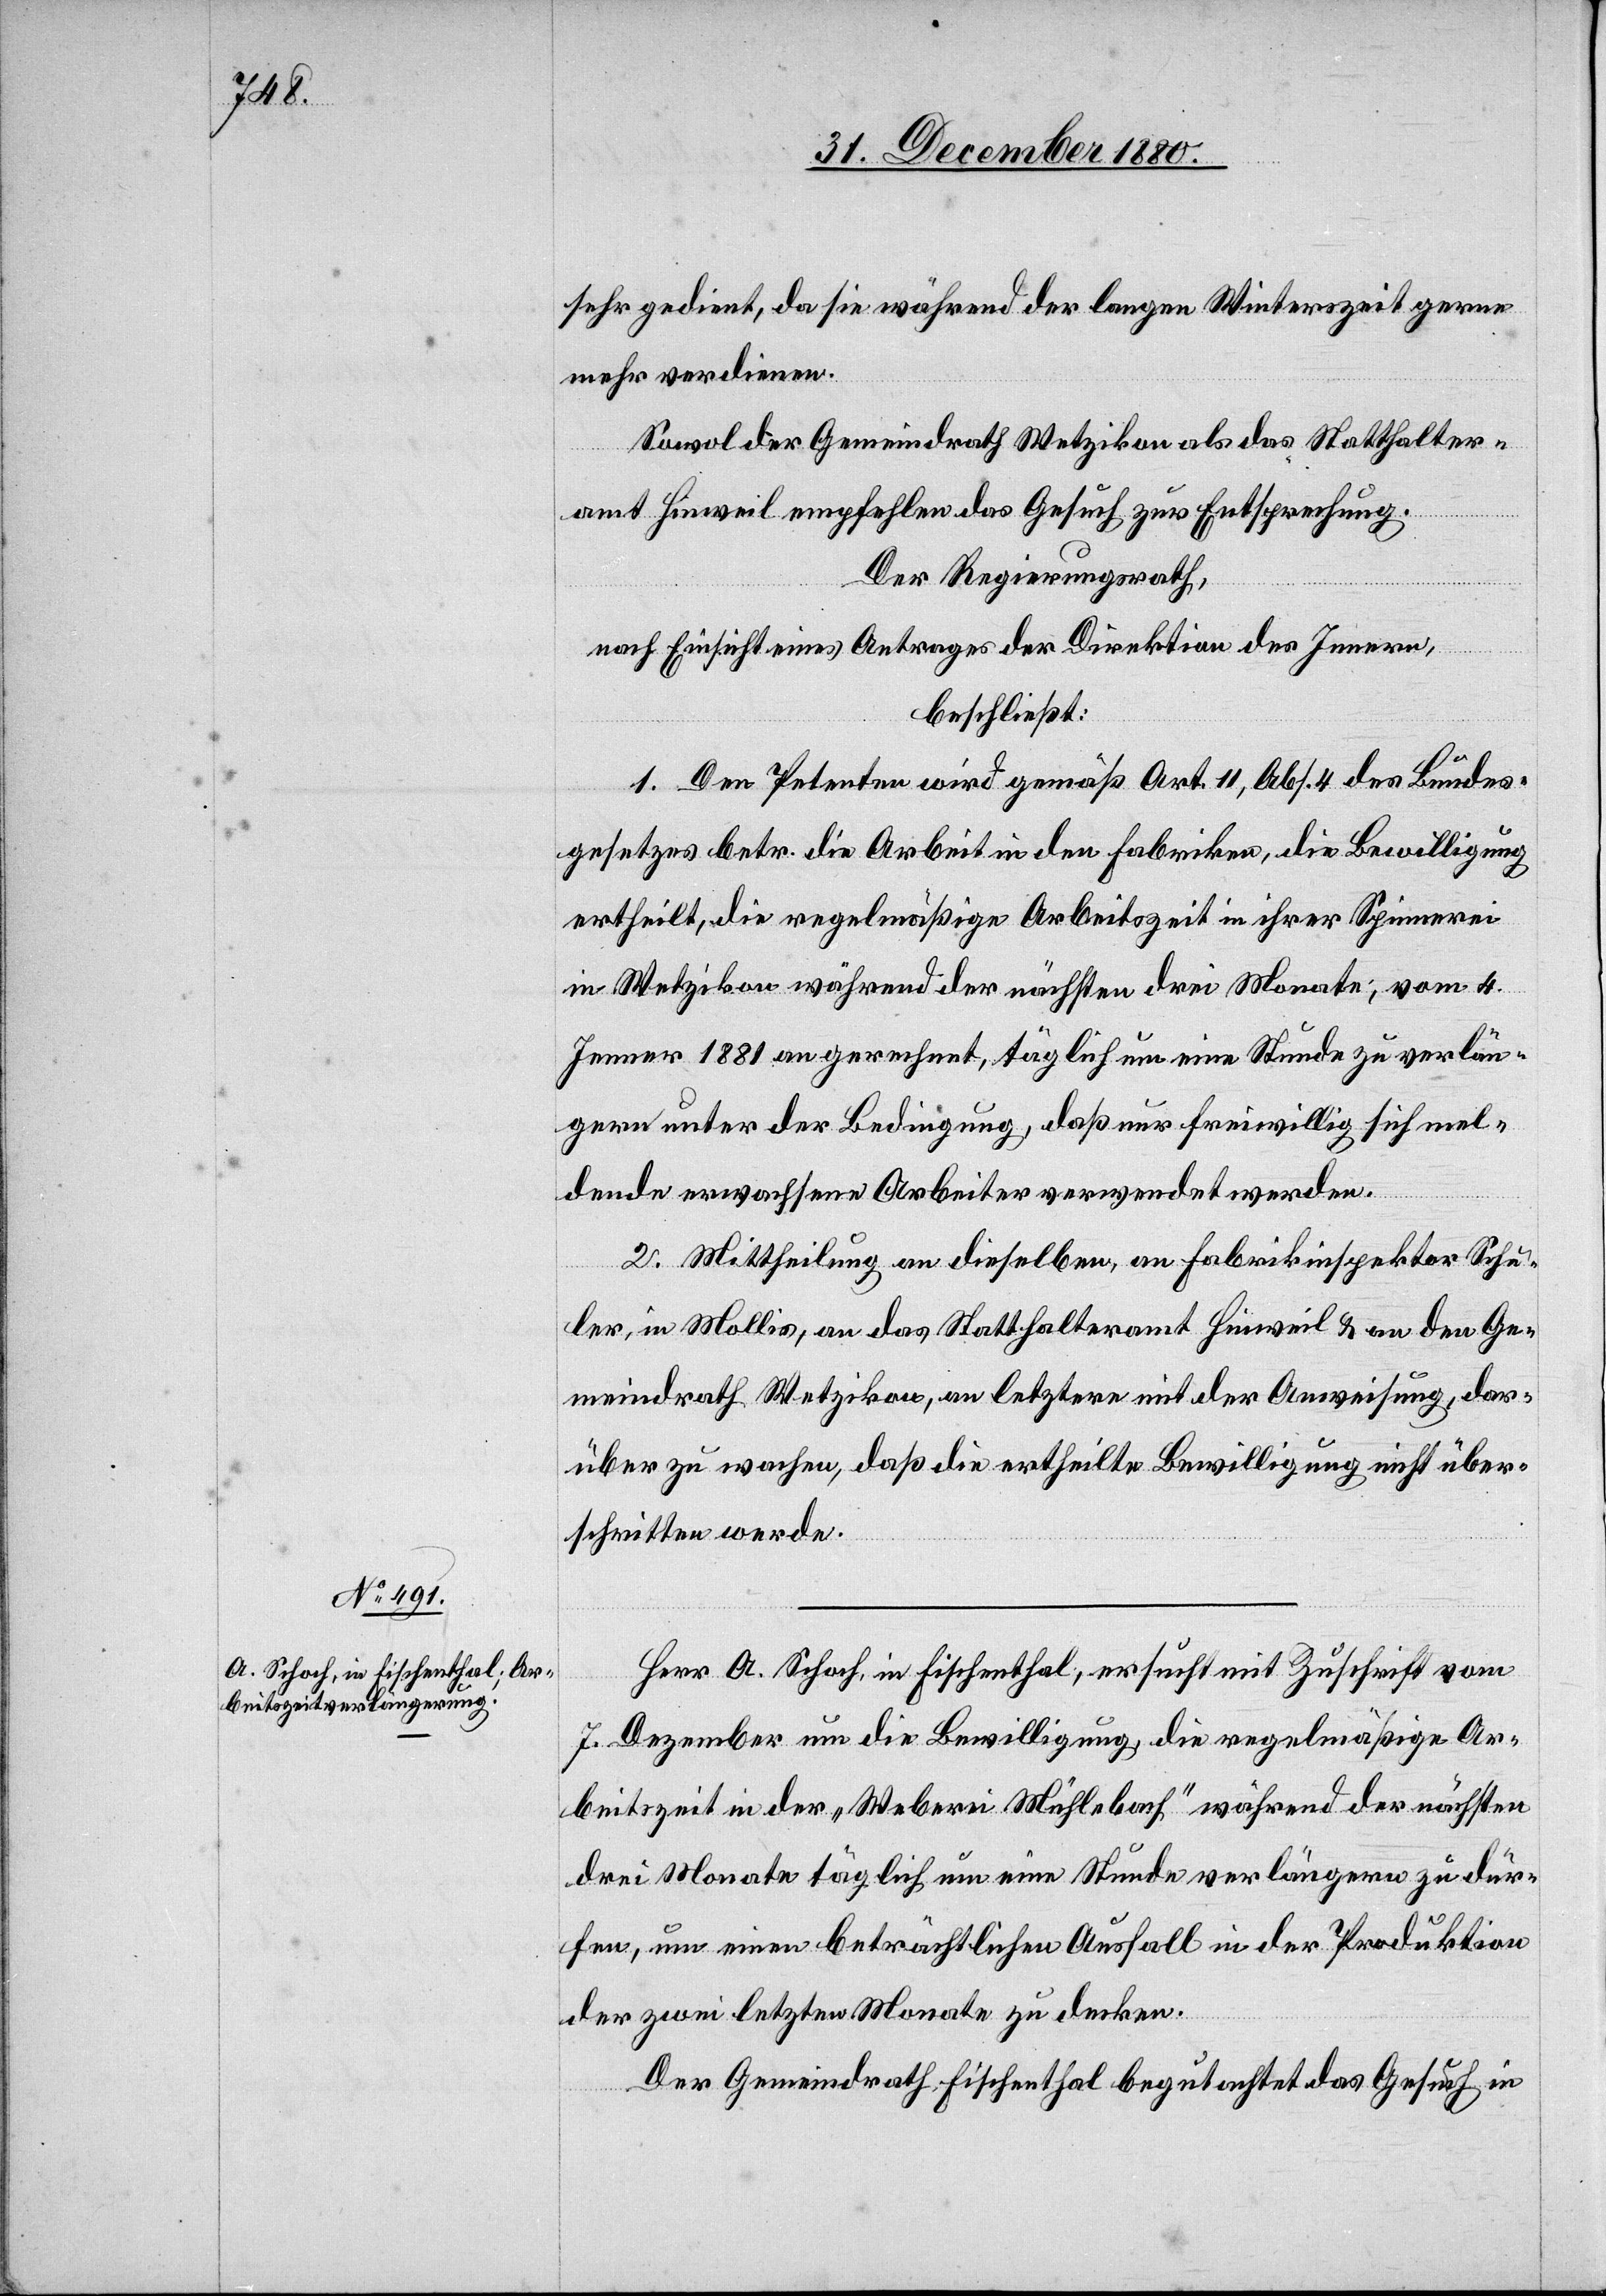
sehr gedient, da sie während der langen Winterzeit gerne
mehr verdienen.
Sowol der Gemeindrath Wetzikon als das Statthalter¬
amt Hinweil empfehlen das Gesuch zur Entsprechung.
Der Regierungsrath,
nach Einsicht eines Antrages der Direktion des Innern,
beschließt:
1. Den Petenten wird gemäß Art. 11, Abs. 4 des Bundes¬
gesetzes betr. die Arbeit in den Fabriken, die Bewilligung
ertheilt, die regelmäßige Arbeitszeit in ihrer Spinnerei
in Wetzikon während der nächsten drei Monate, vom 4.
Jenner 1881 an gerechnet, täglich um eine Stunde zu verlän¬
gern unter der Bedingung, daß nur freiwillig sich mel¬
dende erwachsene Arbeiter verwendet werden.
2. Mittheilung an dieselben, an Fabrikinspektor Schu¬
ler, in Mollis, an das Statthalteramt Hinweil & an den Ge¬
meindrath Wetzikon, an letztern mit der Anweisung, dar¬
über zu wachen, daß die ertheilte Bewilligung nicht über¬
schritten werde.
Herr A. Schoch, in Fischenthal, ersucht mit Zuschrift vom
7. Dezember um die Bewilligung, die regelmäßige Ar¬
beitszeit in der „Weberei Mühlebach“ während der nächsten
drei Monate täglich um eine Stunde verlängern zu dür¬
fen, um einen beträchtlichen Ausfall in der Produktion
der zwei letzten Monate zu decken.
Der Gemeindrath Fischenthal begutachtet das Gesuch in